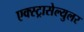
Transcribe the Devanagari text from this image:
एक्स्ट्रासेल्युलर